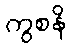
ကွစနိ